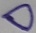
Text: D